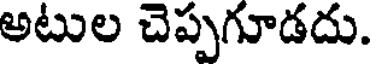
అటుల చెప్పగూడదు.